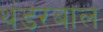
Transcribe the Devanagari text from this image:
थंडरबाल